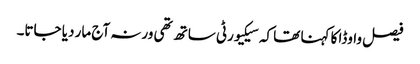
فیصل واوڈا کا کہنا تھا کہ سیکیورٹی ساتھ تھی ورنہ آج مار دیا جاتا۔